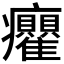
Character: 𭼻